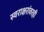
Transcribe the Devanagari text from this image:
स्वराक्षरांवरही